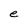
Character: e